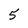
Character: 5